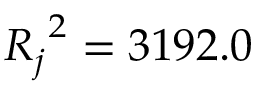
{ R _ { j } } ^ { 2 } = 3 1 9 2 . 0